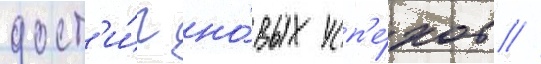
дост'и́г но́вых усп'е́хов //